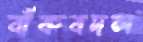
বাঁকবদল